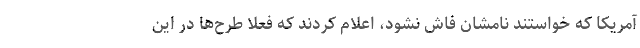
آمریکا که خواستند نامشان فاش نشود، اعلام کردند که فعلا طرح‌ها در این